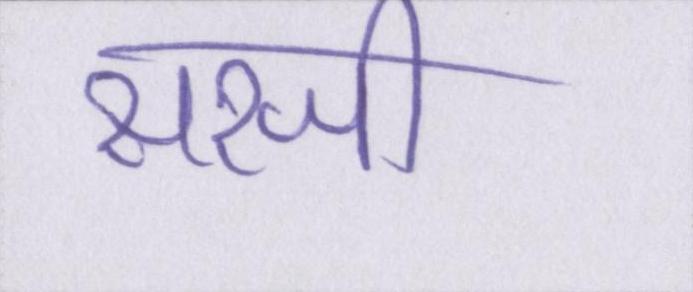
सरजी